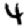
Digit: 4